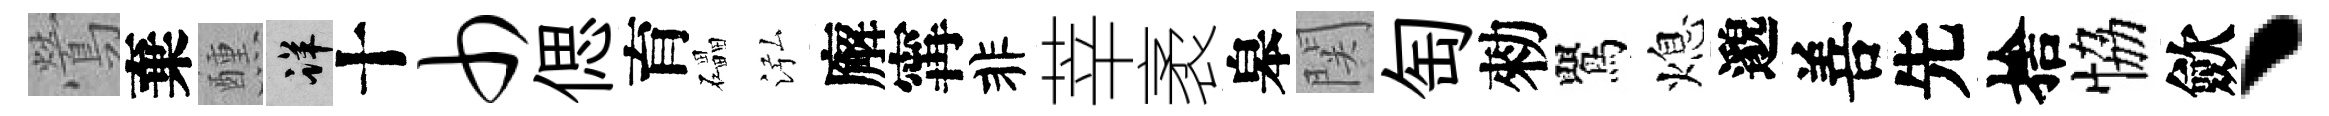
鶯棄醺详十巾偲育礧泓廨𡩋非莘袤皋関匋勑鸎熄邈善先捨恊歛丶